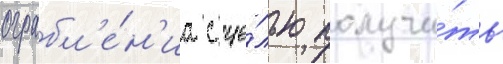
ограбл'е́н'иа с це́лью получи́ть